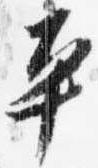
平